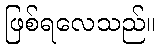
ဖြစ်ရလေသည်။